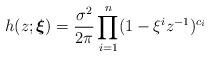
LaTeX: \begin{align*}h(z;\boldsymbol{\xi})=\frac{\sigma^2}{2\pi}\prod_{i=1}^{n} (1-\xi^i z^{-1})^{c_i} \end{align*}